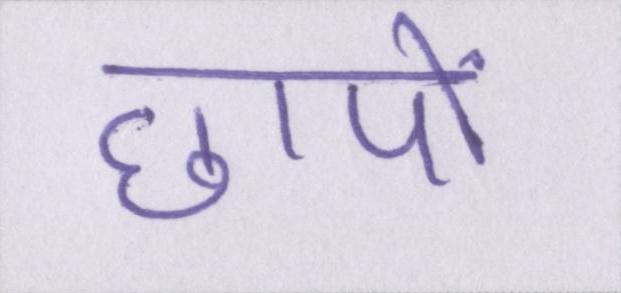
छापों